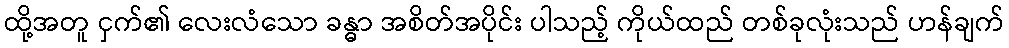
ထို့အတူ ငှက်၏ လေးလံသော ခန္ဓာ အစိတ်အပိုင်း ပါသည့် ကိုယ်ထည် တစ်ခုလုံးသည် ဟန်ချက်